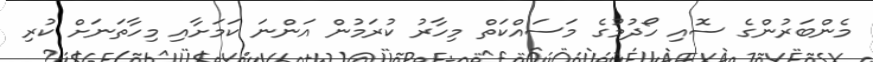
މެންބަރުންގެ ސޮއި ހޯދުމުގެ މަސައްކަތް މިހާރު ކުރަމުން އަންނަ ކަމަށާއި މިހާތަނަށް ކުރި